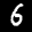
Label: 6